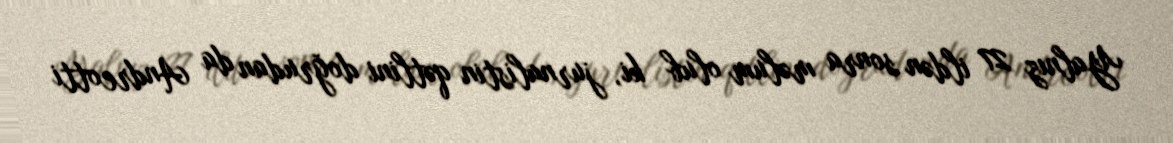
Yalnız 27 ildən sonra məlum olub ki, jurnalistin qətlini doğrudan da Andreotti